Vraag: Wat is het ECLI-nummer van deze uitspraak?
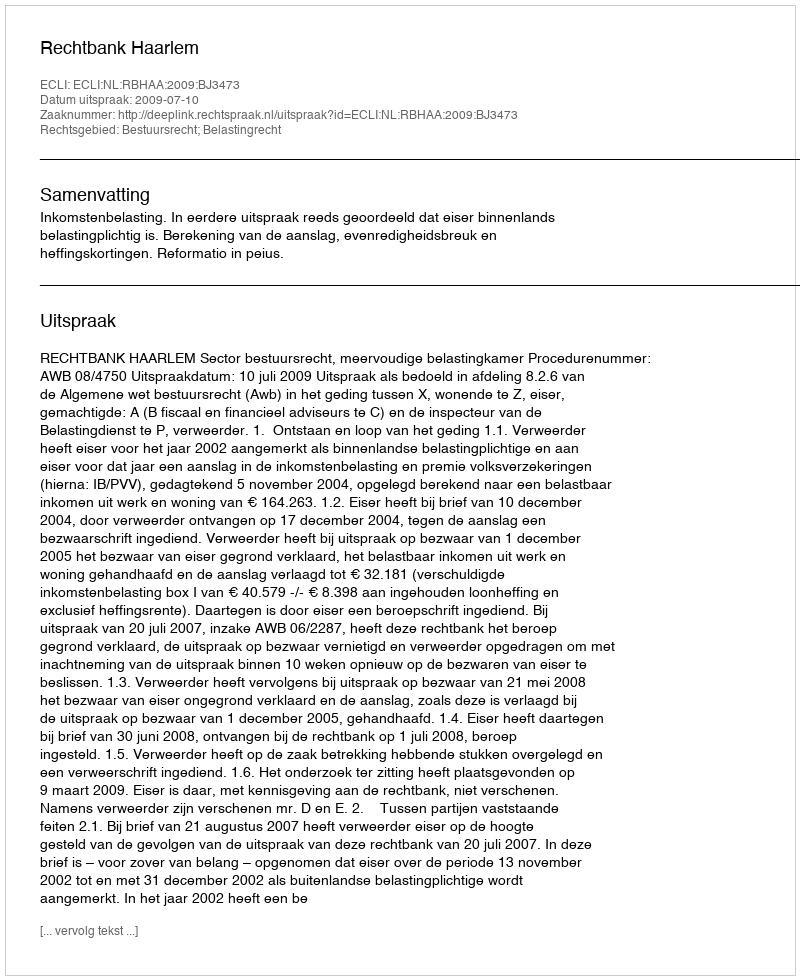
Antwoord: ECLI:NL:RBHAA:2009:BJ3473